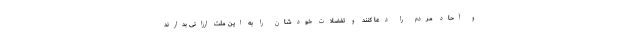
و آحاد مردم را دعا کنند و تفضّلات خودشان را به این ملّت ارزانی بدارند